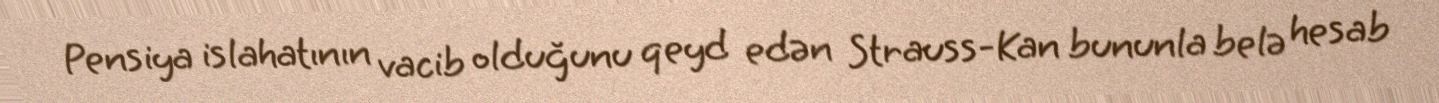
Pensiya islahatının vacib olduğunu qeyd edən Strauss-Kan bununla belə hesab